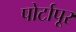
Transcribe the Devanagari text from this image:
पोर्टापूर